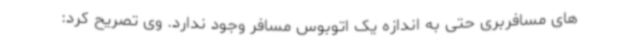
های مسافربری حتی به اندازه یک اتوبوس مسافر وجود ندارد. وی تصریح کرد: